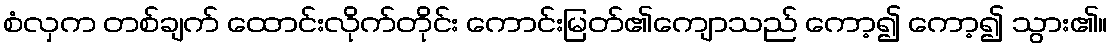
စံလှက တစ်ချက် ထောင်းလိုက်တိုင်း ကောင်းမြတ်၏ကျောသည် ကော့၍ ကော့၍ သွား၏။